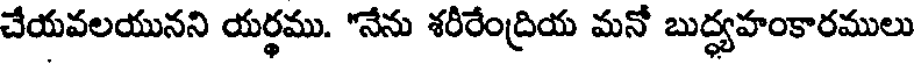
చేయవలయునని యర్థము. "నేను శరీరేంద్రియ మనో బుద్ధ్యహంకారములు